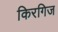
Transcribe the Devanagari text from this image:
किरगिज